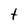
Character: t